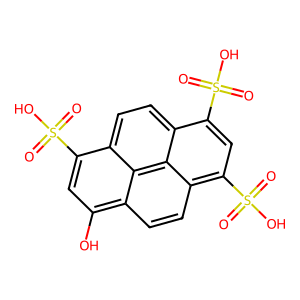
SMILES: O=S(=O)(O)c1cc(O)c2ccc3c(S(=O)(=O)O)cc(S(=O)(=O)O)c4ccc1c2c34
Inhibits HIV replication: No